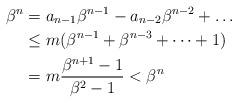
LaTeX: \begin{align*}\beta^n& =a_{n-1}\beta^{n-1}-a_{n-2}\beta^{n-2}+\dots \\& \le m(\beta^{n-1}+\beta^{n-3}+\dots+1) \\& = m \frac{\beta^{n+1}-1}{\beta^2-1} < \beta^n\end{align*}